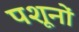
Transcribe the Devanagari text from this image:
पशूनों